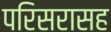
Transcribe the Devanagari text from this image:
परिसरासह